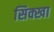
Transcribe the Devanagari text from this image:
सिक्खा